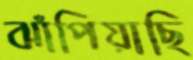
ঝাঁপিয়াছি